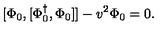
[ \Phi _ { 0 } , [ \Phi _ { 0 } ^ { \dagger } , \Phi _ { 0 } ] ] - v ^ { 2 } \Phi _ { 0 } = 0 .